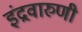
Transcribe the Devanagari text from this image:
इंद्रवारुणी